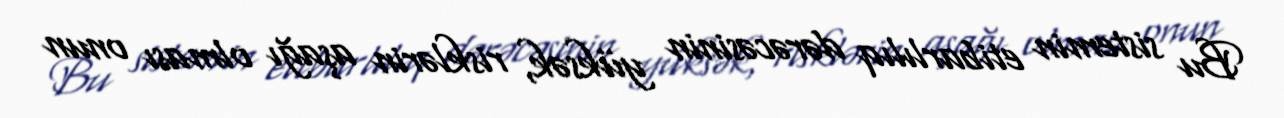
Bu sistemin etibarlılıq dərəcəsinin yüksək, risklərin aşağı olması onun